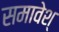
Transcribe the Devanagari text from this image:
समावेश्